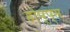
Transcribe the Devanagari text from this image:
होप्प्स